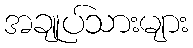
အချုပ်သားများ